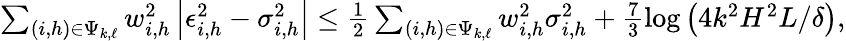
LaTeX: \begin{array}{r}{\sum_{(i,h)\in\Psi_{k,\ell}}w_{i,h}^{2}\left|\epsilon_{i,h}^{2}-\sigma_{i,h}^{2}\right|\le\frac{1}{2}\sum_{(i,h)\in\Psi_{k,\ell}}w_{i,h}^{2}\sigma_{i,h}^{2}+\frac{7}{3}\log\left(4k^{2}H^{2}L/\delta\right),}\end{array}